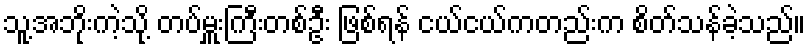
သူ့အဘိုးကဲ့သို့ တပ်မှူးကြီးတစ်ဦး ဖြစ်ရန် ငယ်ငယ်ကတည်းက စိတ်သန်ခဲ့သည်။